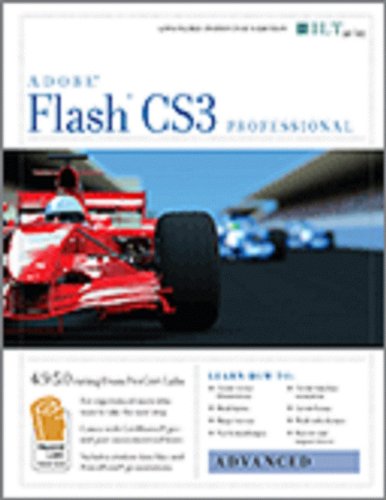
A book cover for Flash Cs3: Advanced + Certblaster, Student Manual with Data (ILT); Axzo Press; Computers & Technology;